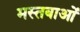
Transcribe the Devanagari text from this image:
मस्तबाओं